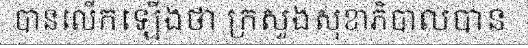
បានលើកឡើងថា ក្រសួងសុខាភិបាលបាន